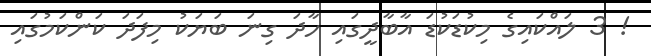
! 3 ލައްކައިގެ މިކުޑަކުޑަ އާބާދީގައި ހާދަ ގިނަ ބަޔަކު މިފަދަ ކަންކަމުގައި